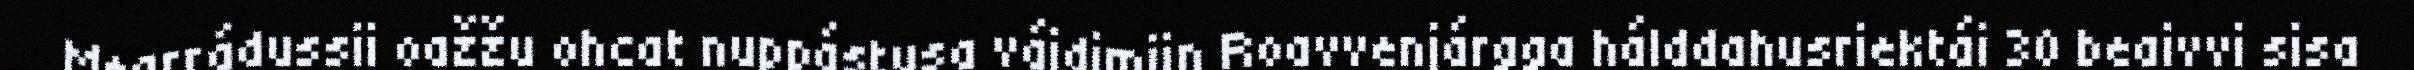
Mearrádussii oažžu ohcat nuppástusa váidimiin Roavvenjárgga hálddahusriektái 30 beaivvi sisa